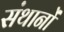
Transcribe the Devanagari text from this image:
संथानों